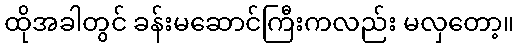
ထိုအခါတွင် ခန်းမဆောင်ကြီးကလည်း မလှတော့။